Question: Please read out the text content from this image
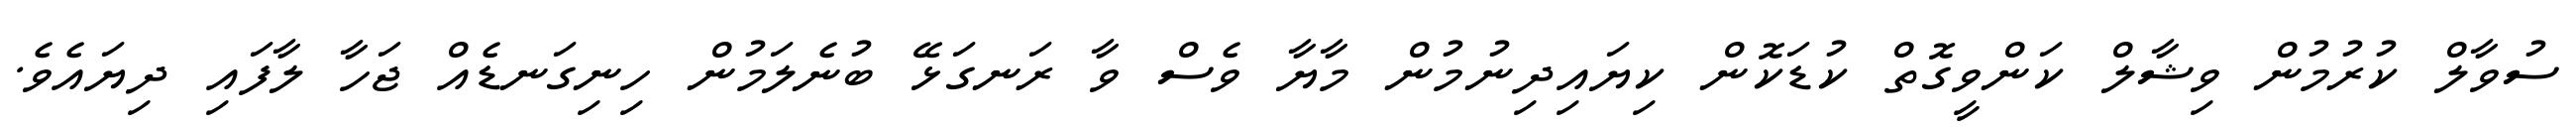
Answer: ސުވާލް ކުރުމުން ވިޝާލް ކަންވީގޮތް ކުޑަކޮން ކިޔައިދިނުމުން މާޔާ ވެސް ވާ ރަނގަޅޭ ބުނެލަމުން ހިނިގަނޑެއް ޖަހާ ލާފައި ދިޔައެވެ.